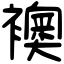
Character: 襖